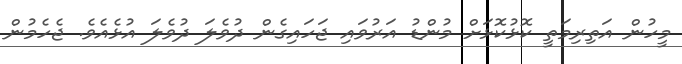
މީހުން އަތިރިމަތީ ކޮޅުކޮޅަށް މުންޑު އަރުވައި ޖަހައިގެން ދުވެލަ ދުވެލަ އުޅެއެވެ. ޖެހެމުން